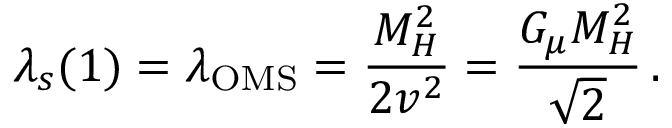
\lambda _ { s } ( 1 ) = \lambda _ { \mathrm { O M S } } = \frac { M _ { H } ^ { 2 } } { 2 v ^ { 2 } } = \frac { G _ { \mu } M _ { H } ^ { 2 } } { \sqrt { 2 } } \, .